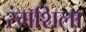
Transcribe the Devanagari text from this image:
रंगशिला